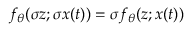
f _ { \theta } ( \sigma z ; \sigma x ( t ) ) = \sigma f _ { \theta } ( z ; x ( t ) )